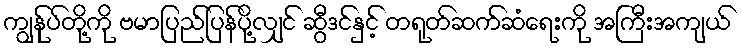
ကျွန်ုပ်တို့ကို ဗမာပြည်ပြန်ပို့လျှင် ဆွီဒင်နှင့် တရုတ်ဆက်ဆံရေးကို အကြီးအကျယ်